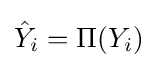
{\hat {Y}}_{i}=\Pi (Y_{i})